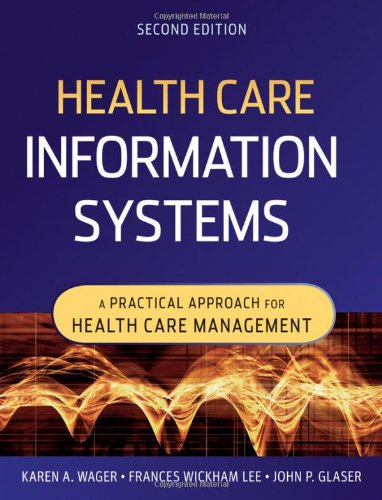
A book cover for Health Care Information Systems: A Practical Approach for Health Care Management; Karen A. Wager; Medical Books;